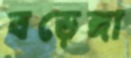
বড়েঙ্গা